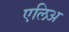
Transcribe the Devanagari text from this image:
एलिअ